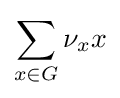
\sum _{x\in G}\nu _{x}x